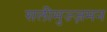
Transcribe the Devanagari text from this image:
सलीमुज्ज़मन